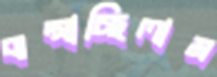
ঝল্‌সাচ্ছিলাম